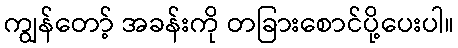
ကျွန်တော့် အခန်းကို တခြားစောင်ပို့ပေးပါ။